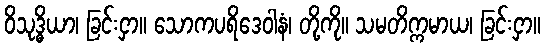
ဝိသုဒ္ဓိယာ၊ ခြင်းငှာ။ သောကပရိဒေဝါနံ၊ တို့ကို။ သမတိက္ကမာယ၊ ခြင်းငှာ။